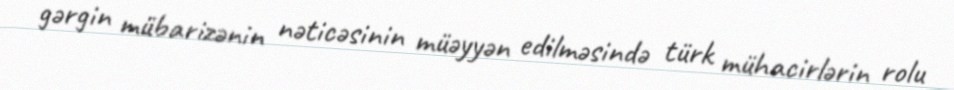
gərgin mübarizənin nəticəsinin müəyyən edilməsində türk mühacirlərin rolu